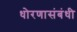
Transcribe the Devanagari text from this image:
धोरणासंबंधी